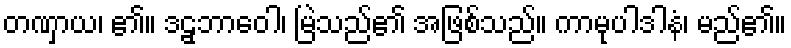
တဏှာယ၊ ၏။ ဒဠှဘာဝေါ၊ မြဲသည်၏ အဖြစ်သည်။ ကာမုပါဒါနံ၊ မည်၏။